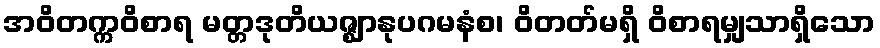
အဝိတက္ကဝိစာရ မတ္တဒုတိယဇ္ဈာနုပဂမနံစ၊ ဝိတတ်မရှိ ဝိစာရမျှသာရှိသော